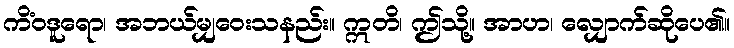
ကိံဝဒူရော၊ အဘယ်မျှဝေးသနည်း။ ဣတိ၊ ဤသို့။ အာဟ၊ လျှောက်ဆိုပေ၏။